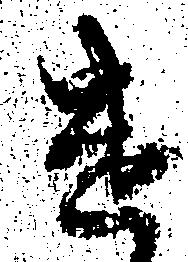
遣